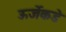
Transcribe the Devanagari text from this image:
ऊर्जेकडे